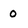
Character: 0